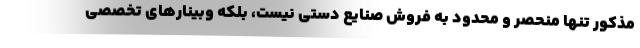
مذکور تنها منحصر و محدود به فروش صنایع دستی نیست، بلکه وبینارهای تخصصی